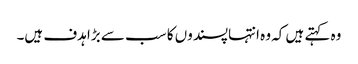
وہ کہتے ہیں کہ وہ انتہاپسندوں کا سب سے بڑا ہدف ہیں۔